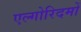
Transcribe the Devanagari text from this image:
एल्गोरिदमों